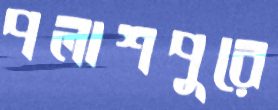
পলাশপুরে